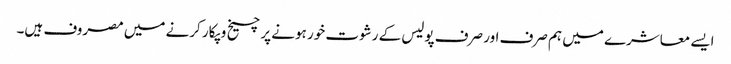
ایسے معاشرے میں ہم صرف اور صرف پولیس کے رشوت خور ہونے پر چیخ و پکار کرنے میں مصروف ہیں۔